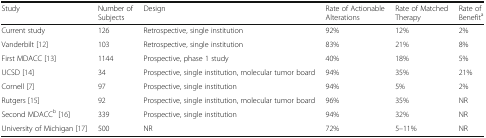
| Study | Number of Subjects | Design | Rate of Actionable Alterations | Rate of Matched Therapy | Rate of Benefita |
 | --- | --- | --- | --- | --- | --- |
 | Current study | 126 | Retrospective, single institution | 92% | 12% | 2% |
 | Vanderbilt [12] | 103 | Retrospective, single institution | 83% | 21% | 8% |
 | First MDACC [13] | 1144 | Prospective, phase 1 study | 40% | 18% | 5% |
 | UCSD [14] | 34 | Prospective, single institution, molecular tumor board | 94% | 35% | 21% |
 | Cornell [7] | 97 | Prospective, single institution | 94% | 5% | 2% |
 | Rutgers [15] | 92 | Prospective, single institution, molecular tumor board | 96% | 35% | NR |
 | Second MDACCb [16] | 339 | Prospective, single institution | 94% | 32% | NR |
 | University of Michigan [17] | 500 | NR | 72% | 5–11% | NR |